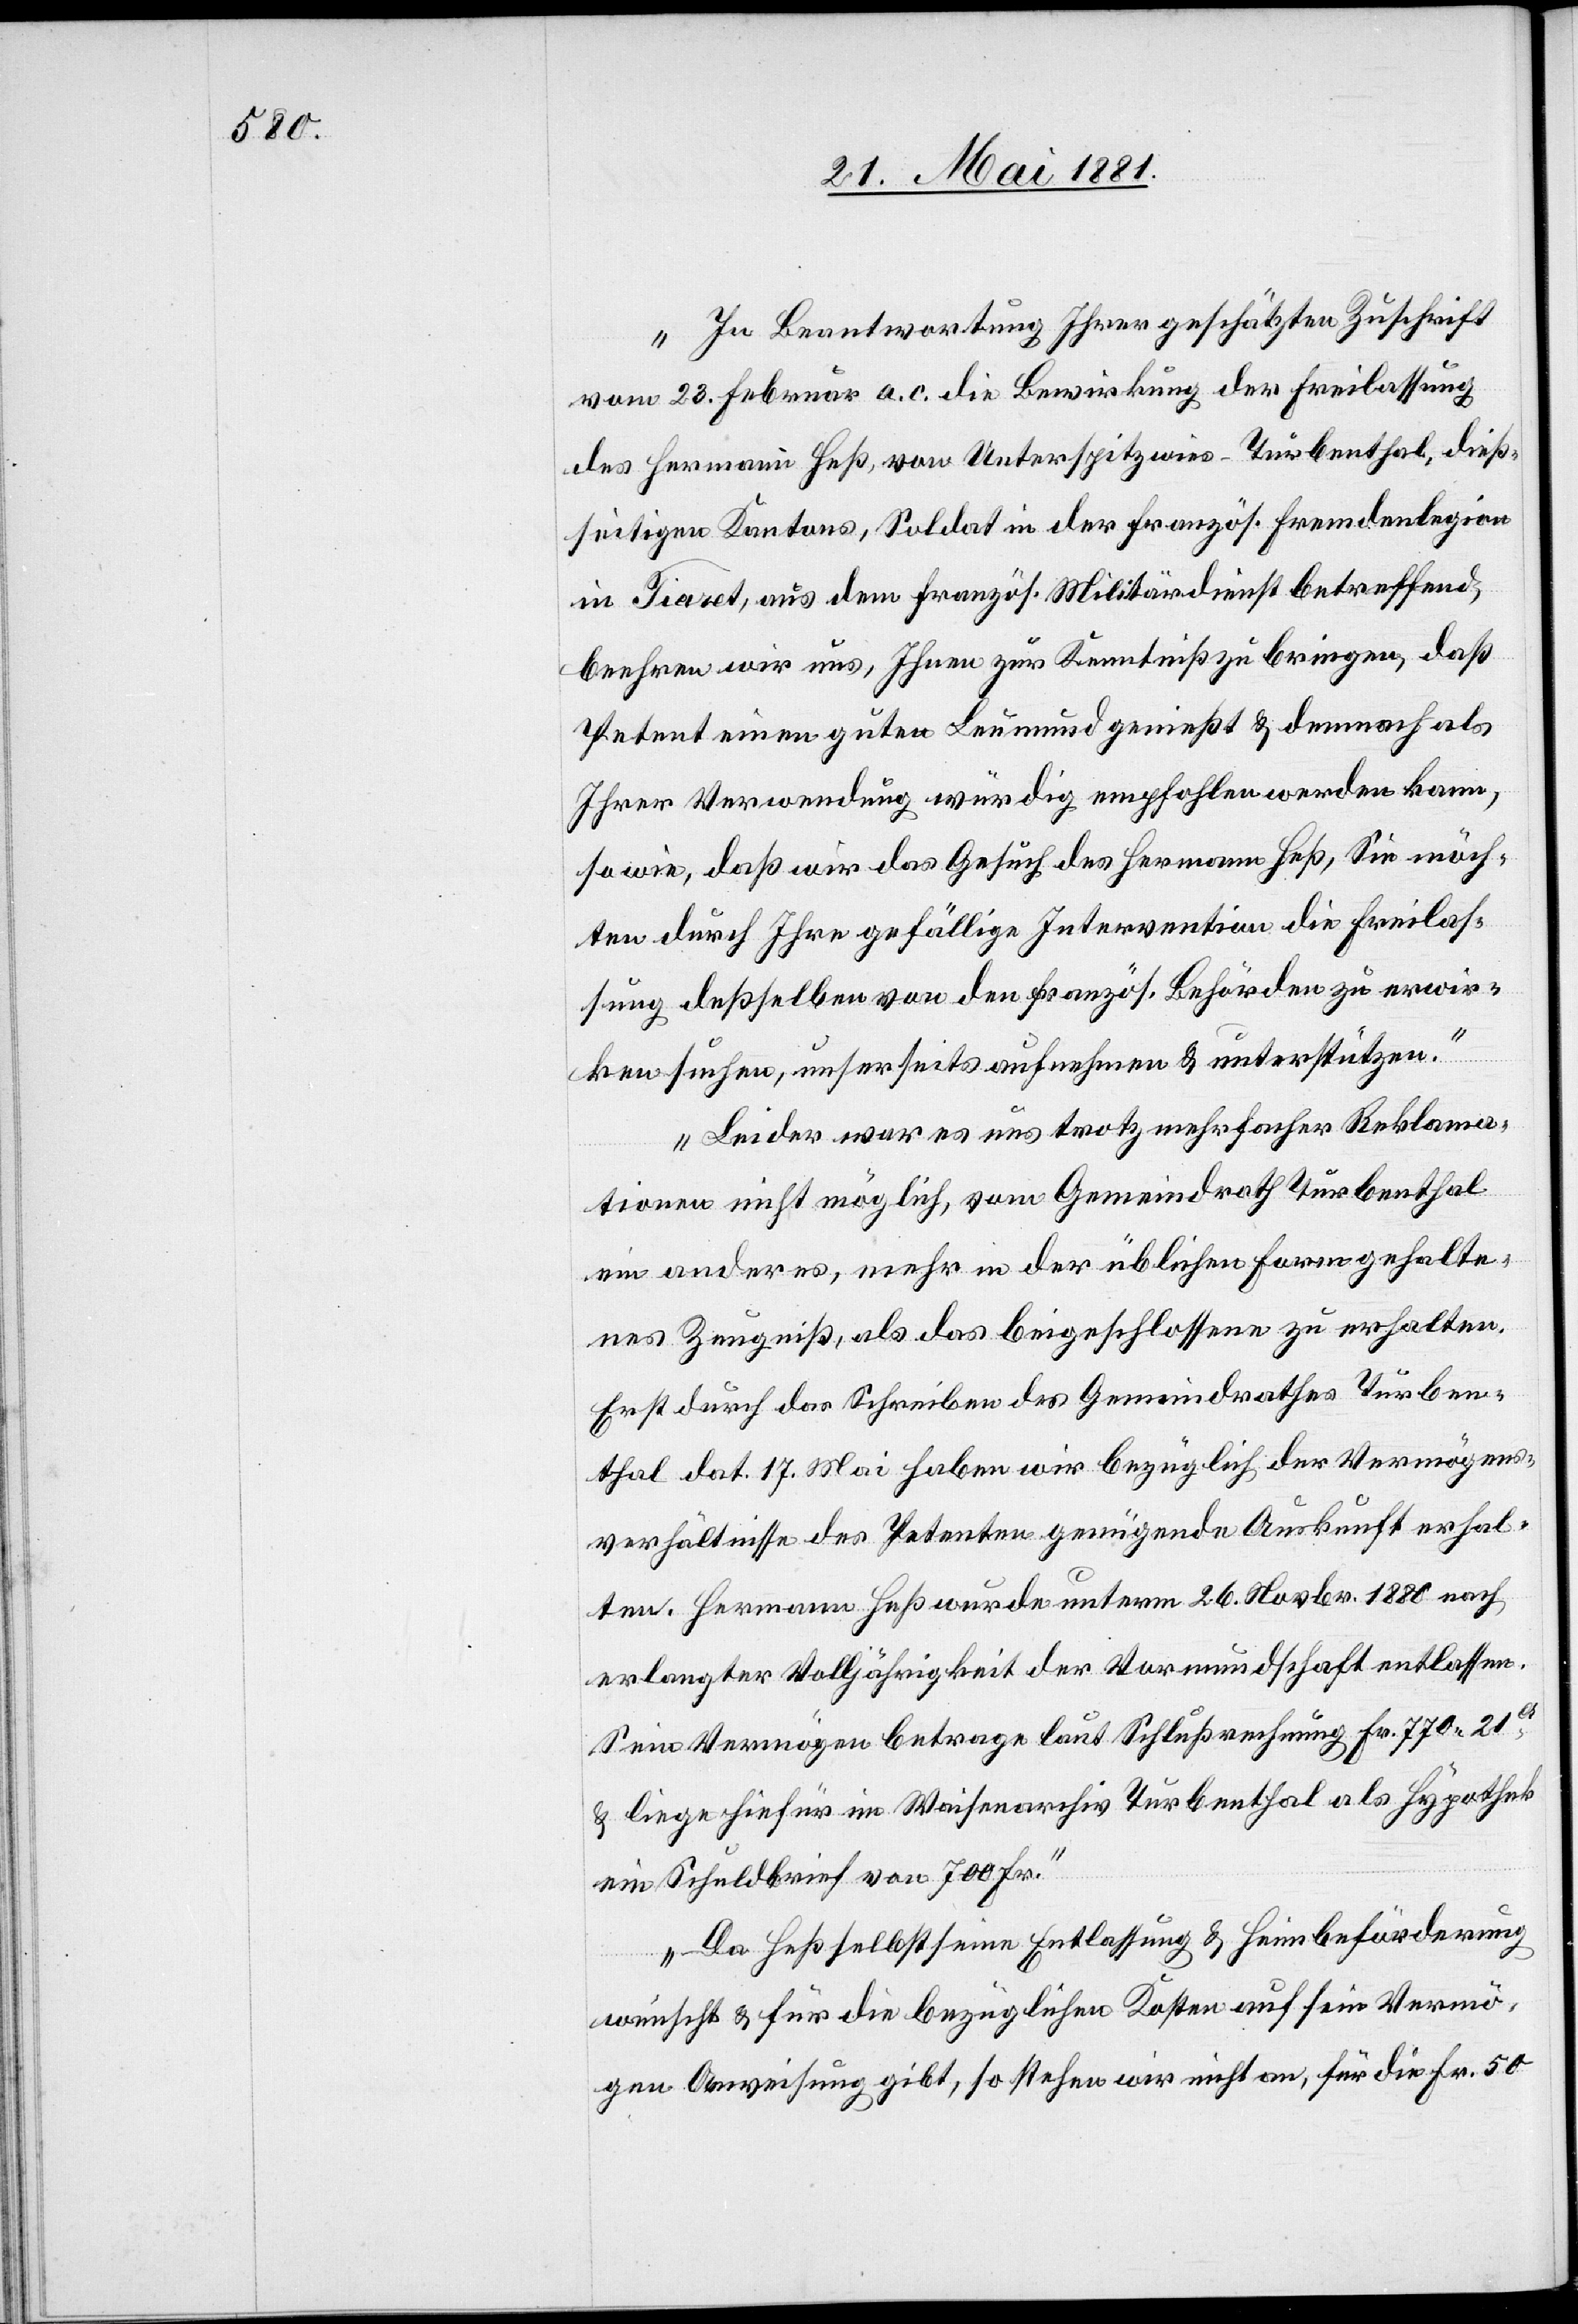
„In Beantwortung Ihrer geschätzten Zuschrift
vom 23. Februar a. c. die Bewirkung der Freilassung
des Hermann Heß, von Unterspitzwies - Turbenthal, dieß¬
seitigen Kantons, Soldat in der französ. Fremdenlegion
in Tiaret, aus dem französ. Militärdienst betreffend,
beehren wir uns, Ihnen zur Kenntniß zu bringen, daß
Petent einen guten Leumund genießt & demnach als
Ihrer Verwendung würdig empfohlen werden kann,
sowie, daß wir das Gesuch des Hermann Heß, Sie möch¬
ten durch Ihre gefällige Intervention die Freilas¬
sung deßselben von den französ. Behörden zu erwir¬
ken suchen, unserseits aufnehmen & unterstützen.
Leider war es uns trotz mehrfacher Reklama¬
tionen nicht möglich, vom Gemeindrath Turbenthal
ein anderes, mehr in der üblichen Form gehalte¬
nes Zeugniß, als das beigeschlossene zu erhalten.
Erst durch das Schreiben des Gemeindrathes Turben¬
thal dat. 17. Mai haben wir bezüglich der Vermögens¬
verhältnisse des Petenten genügende Auskunft erhal¬
ten. Hermann Heß wurde unterm 26. Novbr. 1880 nach
erlangter Volljährigkeit der Vormundschaft entlassen.
Sein Vermögen betrage laut Schlußrechnung Fr. 770 21C
& liegen hiefür im Waisenarchiv Turbenthal als Hypothek
ein Schuldbrief von 700 Fr.
Da Heß selbst eine Entlassung & Heimbeförderung
wünscht & für die bezüglichen Kosten auf sein Vermö¬
gen Anweisung gibt, so stehen wir nicht an, für die Fr. 50